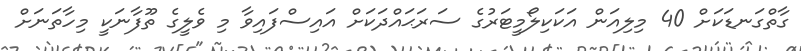
ގާތްގަނޑަކަށް 40 މިލިއަން އަކަކިލޯމީޓަރުގެ ސަރަޙައްދަކަށް އައިސްފައިވާ މި ވެލީގެ ތޫފާނަކީ މިހާތަނަށް